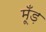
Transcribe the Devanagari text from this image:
मूँड़